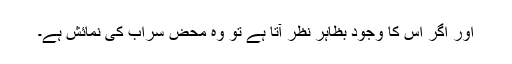
اور اگر اس کا وجود بظاہر نظر آتا ہے تو وہ محض سراب کی نمائش ہے۔